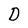
Character: D